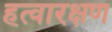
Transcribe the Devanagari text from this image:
हत्वारक्षण